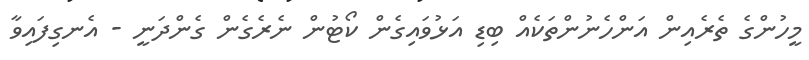
މީހުންގެ ތެރެއިން އަންހެނުންތަކެއް ބިޑި އަޅުވައިގެން ކޯޓުން ނެރެގެން ގެންދަނީ - އެނގިފައިވާ